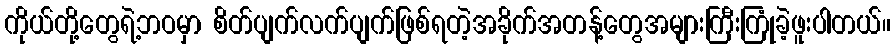
ကိုယ်တို့တွေရဲ့ဘဝမှာ စိတ်ပျက်လက်ပျက်ဖြစ်ရတဲ့အခိုက်အတန့်တွေအများကြီးကြုံခဲ့ဖူးပါတယ်။